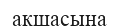
ақшасына